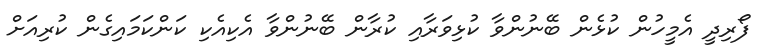
ފޯރިދީ އެމީހުން ކުޅެން ބޭނުންވާ ކުޅިވަރާއި ކުރާން ބޭނުންވާ އެކިއެކި ކަންކަމައިގެން ކުރިއަށް